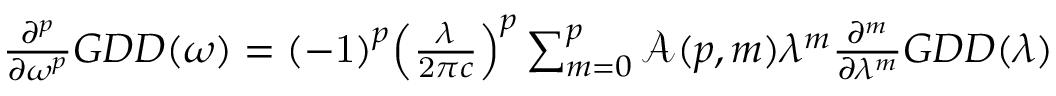
{ \begin{array} { c } { { \frac { { \partial } ^ { p } } { \partial { \omega } ^ { p } } } G D D \mathrm { ( } \omega \mathrm { ) } = { \left( \mathrm { - } \mathrm { 1 } \right) } ^ { p } { \left( { \frac { \lambda } { \mathrm { 2 } \pi c } } \right) } ^ { p } \sum _ { m = { 0 } } ^ { p } { { \mathcal { A } } \mathrm { ( } p , m \mathrm { ) } { \lambda } ^ { m } { \frac { { \partial } ^ { m } } { \partial { \lambda } ^ { m } } } G D D \mathrm { ( } \lambda \mathrm { ) } } } \end{array} }